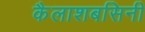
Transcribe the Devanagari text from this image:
कैलाशबसिनी